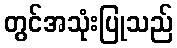
တွင်အသုံးပြုသည်